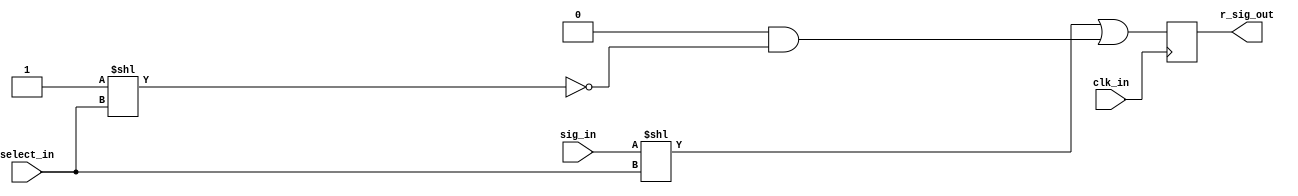
// multiplexes the current input signal onto one of the selected outputs
module mux #(
    parameter SIZE = 4,
    parameter INITIAL = 0
) (
    input [$clog2(SIZE) - 1:0] select_in,
    input sig_in,
    input clk_in,
    output reg [SIZE - 1:0] r_sig_out
);

  initial r_sig_out = INITIAL;

  always @(posedge clk_in) begin
    r_sig_out <= (sig_in << select_in) | (INITIAL & ~(1'h1 << select_in));
  end

endmodule